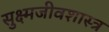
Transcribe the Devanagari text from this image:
सुक्ष्मजीवशास्त्र